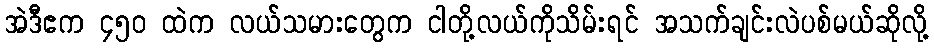
အဲဒီဧက ၄၅၀ ထဲက လယ်သမားတွေက ငါတို့လယ်ကိုသိမ်းရင် အသက်ချင်းလဲပစ်မယ်ဆိုလို့